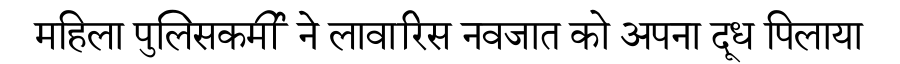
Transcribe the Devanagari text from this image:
महिला पुलिसकर्मी ने लावारिस नवजात को अपना दूध पिलाया